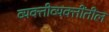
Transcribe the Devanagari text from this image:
व्यक्तीव्यक्तींतील